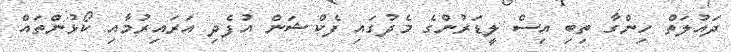
ދައުލަތް ހިންގާ ތިބި އިސް ލީޑަރުންގެ މެދުގައި ފެކްޝަން އުފެދި އަރައިރުމާއި ކޯޅުންތައް